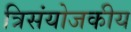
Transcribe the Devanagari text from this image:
त्रिसंयोजकीय